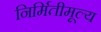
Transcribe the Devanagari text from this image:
निर्मितीमूल्य